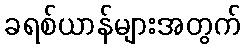
ခရစ်ယာန်များအတွက်